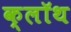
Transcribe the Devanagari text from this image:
क्‍लॉथ